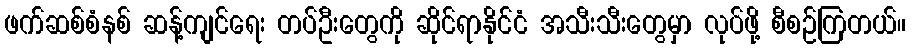
ဖက်ဆစ်စံနစ် ဆန့်ကျင်ရေး တပ်ဦးတွေကို ဆိုင်ရာနိုင်ငံ အသီးသီးတွေမှာ လုပ်ဖို့ စီစဉ်ကြတယ်။